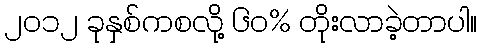
၂၀၁၂ ခုနှစ်ကစလို့ ၆၀% တိုးလာခဲ့တာပါ။